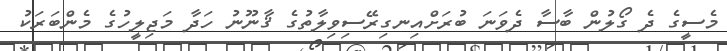
މެސީގެ ދެ ގޯލުން ބާސާ ދެވަނަ ބުރަށްއިނގިރޭސިވިލާތުގެ ޤާނޫނު ހަދާ މަޖިލީހުގެ މެންބަރަކު